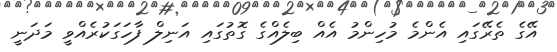
އޭގެ ތެރޭގައި އެންމެ މުހިންމު އެއް ބިލެއްގެ ގޮތުގައި އަނިލް ފާހަގަކުރެއްވީ މަދަނީ